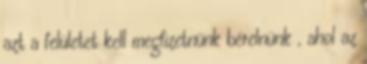
azt a felületet kell megﬁzetnünk bérelnünk , ahol az